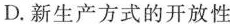
D.新生产方式的开放性